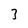
Character: 3